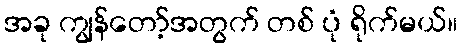
အခု ကျွန်တော့်အတွက် တစ် ပုံ ရိုက်မယ်။